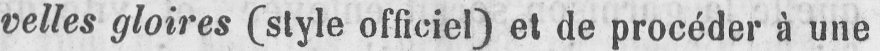
velles gloires (style officiel) et de procéder à une